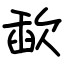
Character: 歃